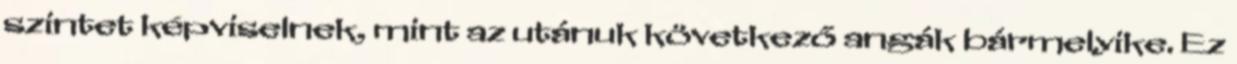
szintet képviselnek, mint az utánuk következő angák bármelyike. Ez